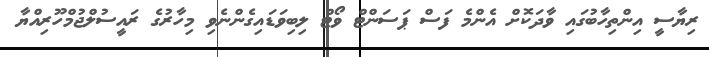
ރިޔާސީ އިންތިހާބުގައި ވާދަކޮށް އެންމެ ފަސް ޕަސަންޓް ވޯޓް ލިބިވަޑައިގެންނެވި މިހާރުގެ ރައީސުލްޖުމްހޫރިއްޔާ